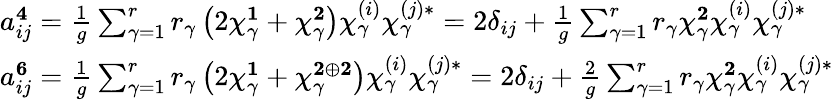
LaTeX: \begin{array}{l}{{a_{ij}^{{\mathbf 4}}=\frac{1}{g}\sum_{\gamma=1}^{r}r_{\gamma}\left(2\chi_{\gamma}^{{\mathbf 1}}+\chi_{\gamma}^{{\mathbf 2}}\right)\chi_{\gamma}^{(i)}\chi_{\gamma}^{(j)*}=2\delta_{ij}+\frac{1}{g}\sum_{\gamma=1}^{r}r_{\gamma}\chi_{\gamma}^{{\mathbf 2}}\chi_{\gamma}^{(i)}\chi_{\gamma}^{(j)*}}}\\ {{a_{ij}^{{\mathbf 6}}=\frac{1}{g}\sum_{\gamma=1}^{r}r_{\gamma}\left(2\chi_{\gamma}^{{\mathbf 1}}+\chi_{\gamma}^{{\mathbf 2}\oplus{\mathbf 2}}\right)\chi_{\gamma}^{(i)}\chi_{\gamma}^{(j)*}=2\delta_{ij}+\frac{2}{g}\sum_{\gamma=1}^{r}r_{\gamma}\chi_{\gamma}^{{\mathbf 2}}\chi_{\gamma}^{(i)}\chi_{\gamma}^{(j)*}}}\end{array}